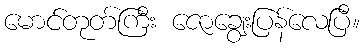
မောင်တုတ်ကြီး ဇောချွေးပြန်လေပြီ။